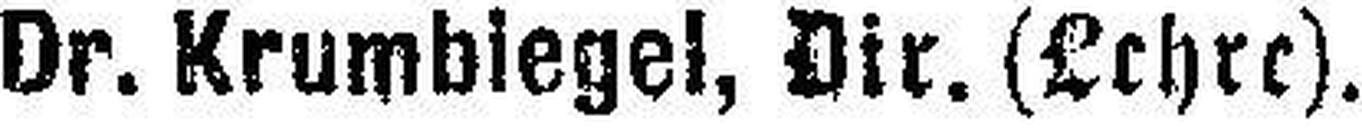
Dr. Krumbiegel, Dir. (Lehre).